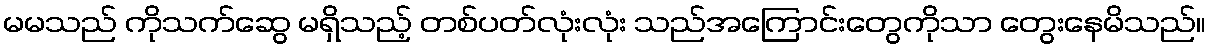
မမသည် ကိုသက်ဆွေ မရှိသည့် တစ်ပတ်လုံးလုံး သည်အကြောင်းတွေကိုသာ တွေးနေမိသည်။